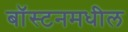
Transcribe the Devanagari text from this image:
बॉस्टनमधील